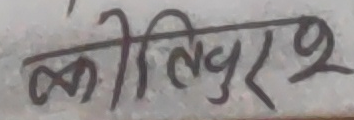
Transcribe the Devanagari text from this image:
कीलिपुरश